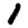
Digit: 1